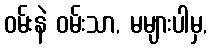
ဝမ်းနဲ ဝမ်းသာ, မများပါမှ,